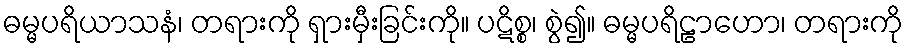
ဓမ္မပရိယာသနံ၊ တရားကို ရှားမှီးခြင်းကို။ ပဋိစ္စ၊ စွဲ၍။ ဓမ္မပရိဠာဟော၊ တရားကို